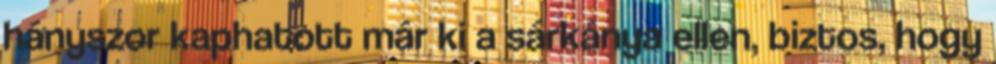
hányszor kaphatott már ki a sárkánya ellen, biztos, hogy